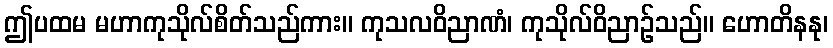
ဤပထမ မဟာကုသိုလ်စိတ်သည်ကား။ ကုသလဝိညာဏံ၊ ကုသိုလ်ဝိညာဉ်သည်။ ဟောတိနနု၊